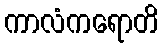
ကာလံကရောတိ